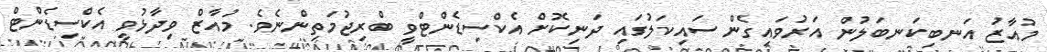
މުއާޒު އަނބިކަނބަލުން އަރުވައިގެން ސައިކަލުގައި ދަނިކޮށް އެކްސިޑެންޓްވީ ބްރިޖުމަތިންނެވެ. މުއާޒް ވިދާޅުވީ އެކްސިޑެންޓް